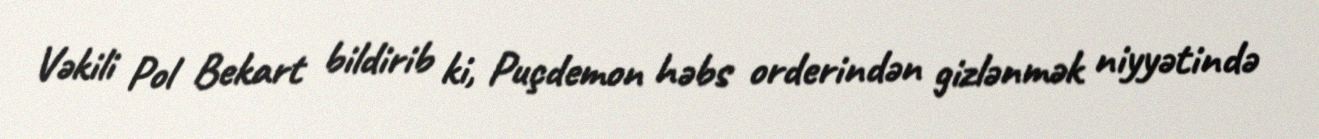
Vəkili Pol Bekart bildirib ki, Puçdemon həbs orderindən gizlənmək niyyətində